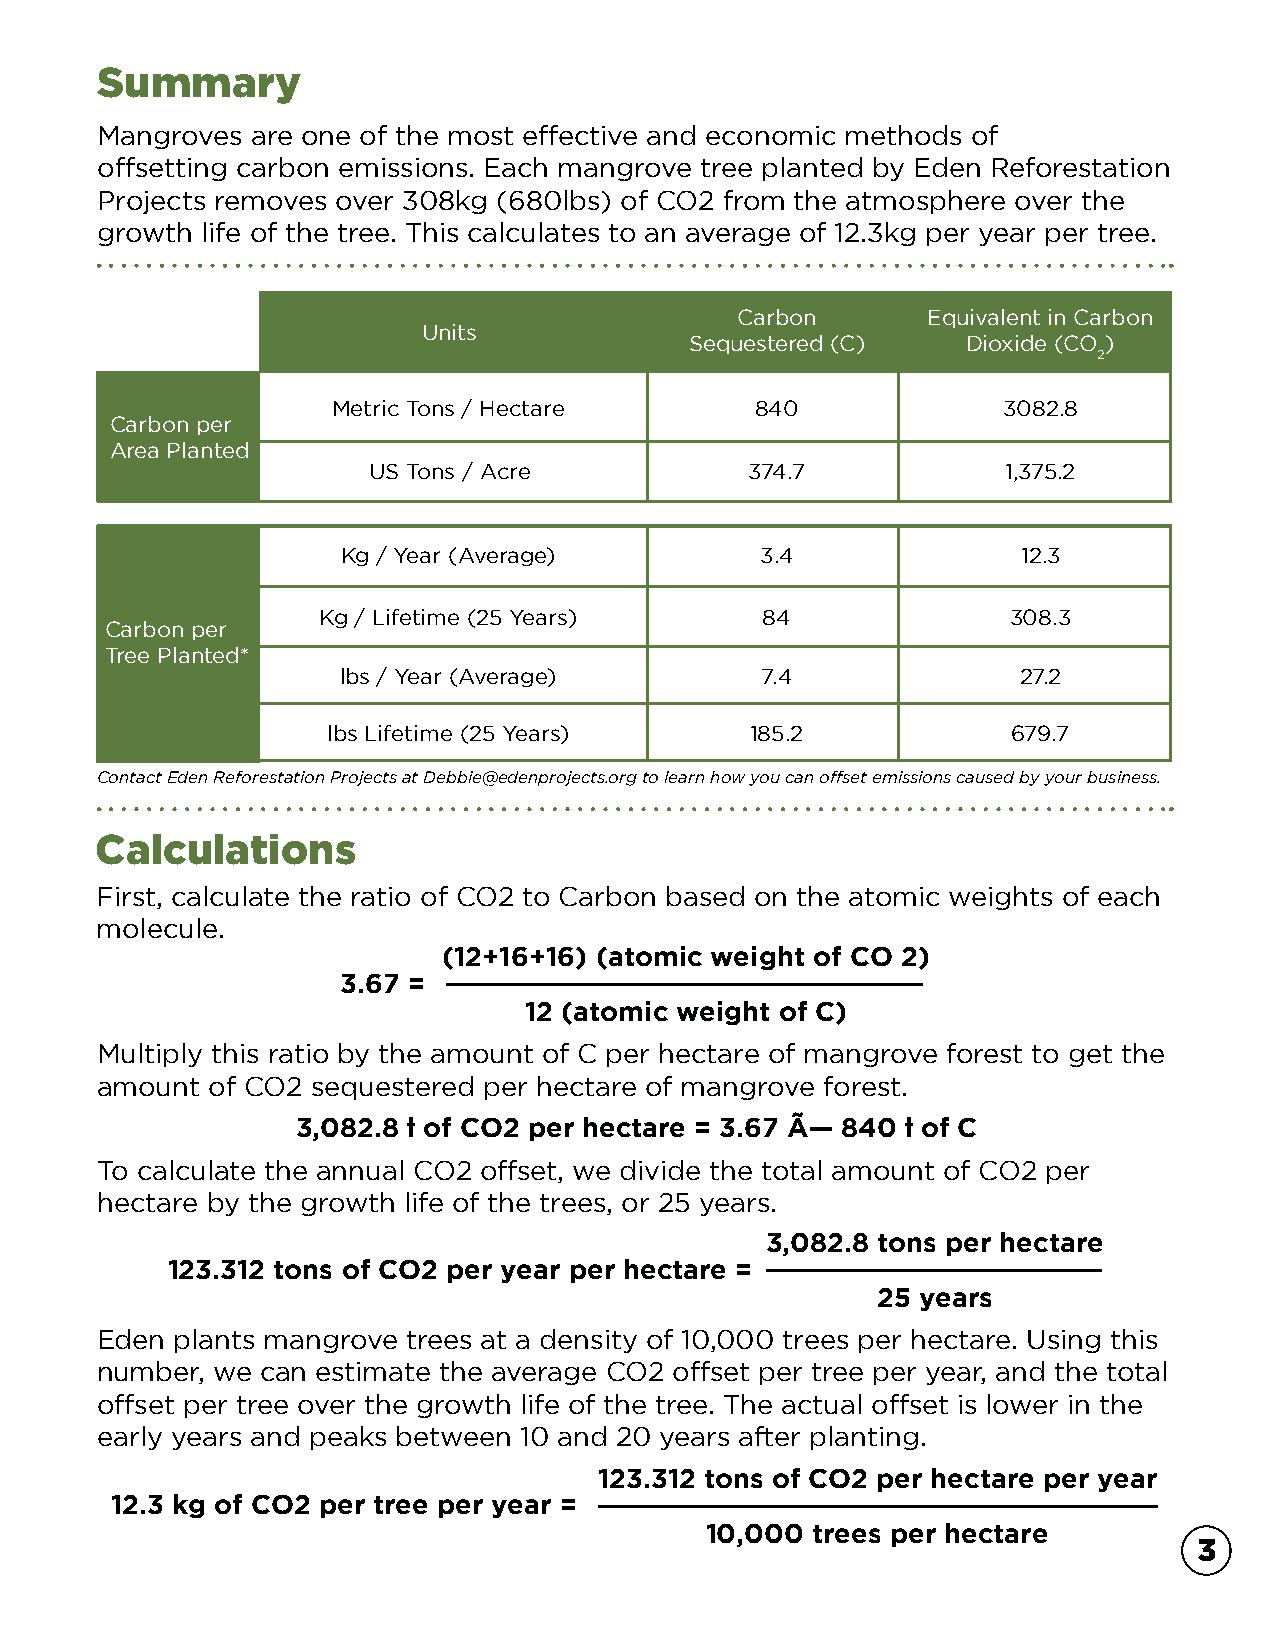
Summary
 Mangroves  are one of the most effective and economic methods of
 offsetting carbon emissions. Each mangrove tree planted by Eden Reforestation
 Projects removes over 308kg (680lbs) of CO2 from the atmosphere over the
 growth life of the tree. This calculates to an average of 12.3kg per year per tree.
 Carbon      Equivalent in Carbon
 Units
 Sequestered (C)   Dioxide (CO )
 2
 Metric Tons / Hectare       840             3082.8
 Carbon per
 Area Planted
 US Tons / Acre            374.7            1,375.2
 Kg / Year (Average)        3.4               12.3
 Kg / Lifetime (25 Years)     84               308.3
 Carbon per
 Tree Planted*
 lbs / Year (Average)        7.4               27.2
 lbs Lifetime (25 Years)     185.2            679.7
 Contact Eden Reforestation Projects at Debbie@edenprojects.org to learn how you can offset emissions caused by your business.
 Calculations
 First, calculate the ratio of CO2 to Carbon based on the atomic weights of each
 molecule.
 (12+16+16) (atomic weight of CO 2)
 3.67 =
 12 (atomic weight of C)
 Multiply this ratio by the amount of C per hectare of mangrove forest to get the
 amount  of CO2 sequestered per hectare of mangrove forest.
 3,082.8 t of CO2 per hectare = 3.67 Ã— 840 t of C
 To calculate the annual CO2 offset, we divide the total amount of CO2 per
 hectare by the growth life of the trees, or 25 years.
 3,082.8 tons per hectare
 123.312 tons of CO2 per year per hectare =
 25 years
 Eden plants mangrove trees at a density of 10,000 trees per hectare. Using this
 number, we can estimate the average CO2 offset per tree per year, and the total
 offset per tree over the growth life of the tree. The actual offset is lower in the
 early years and peaks between 10 and 20 years after planting.
 123.312 tons of CO2 per hectare per year
 12.3 kg of CO2 per tree per year =
 10,000 trees per hectare
 3